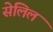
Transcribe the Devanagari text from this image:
सेलिल